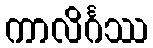
ကာလိင်္ဂဿ